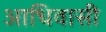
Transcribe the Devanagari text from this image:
आधिवासी